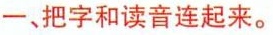
一、把字和读音连起来。